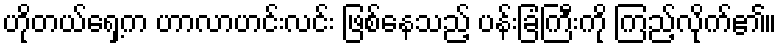
ဟိုတယ်ရှေ့က ဟာလာဟင်းလင်း ဖြစ်နေသည့် ပန်းခြံကြီးကို ကြည့်လိုက်၏။